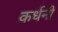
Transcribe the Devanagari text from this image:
कर्धनी